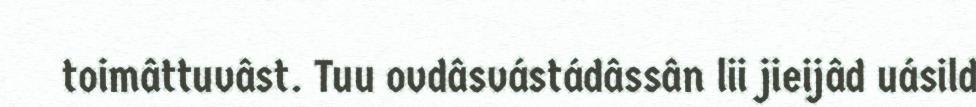
toimâttuvâst. Tuu ovdâsvástádâssân lii jieijâd uásild